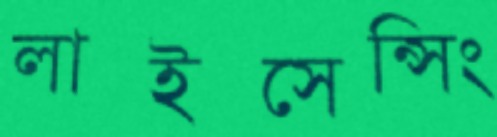
লাইসেন্সিং